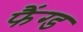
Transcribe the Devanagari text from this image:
फैंग्ड